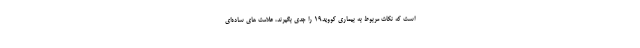
است که نکات مربوط به بیماری کووید١٩ را جدی بگیرند، علامت های ساده‌ای